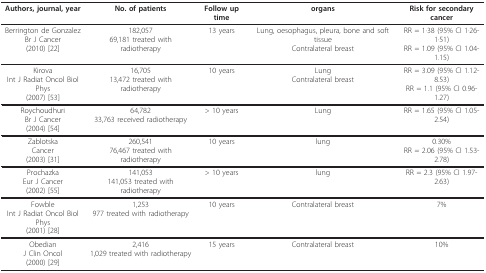
| Authors, journal, year | No. of patients | Follow up time | organs | Risk for secondary cancer |
 | --- | --- | --- | --- | --- |
 | Berrington de GonzalezBr J Cancer(2010) [22] | 182,05769,181 treated with radiotherapy | 13 years | Lung, oesophagus, pleura, bone and soft tissueContralateral breast | RR = 1·38 (95% CI 1·26-1·51)RR = 1.09 (95% CI 1.04-1.15) |
 | KirovaInt J Radiat Oncol Biol Phys(2007) [53] | 16,70513,472 treated with radiotherapy | 10 years | LungContralateral breast | RR = 3.09 (95% CI 1.12-8.53)RR = 1.1 (95% CI 0.96-1.27) |
 | RoychoudhuriBr J Cancer(2004) [54] | 64,78233,763 received radiotherapy | > 10 years | Lung | RR = 1.65 (95% CI 1.05-2.54) |
 | ZablotskaCancer(2003) [31] | 260,54176,467 treated with radiotherapy | 10 years | lung | 0.30%RR = 2.06 (95% CI 1.53-2.78) |
 | ProchazkaEur J Cancer(2002) [55] | 141,053141,053 treated with radiotherapy | > 10 years | lung | RR = 2.3 (95% CI 1.97-2.63) |
 | FowbleInt J Radiat Oncol Biol Phys(2001) [28] | 1,253977 treated with radiotherapy | 10 years | Contralateral breast | 7% |
 | ObedianJ Clin Oncol(2000) [29] | 2,4161,029 treated with radiotherapy | 15 years | Contralateral breast | 10% |